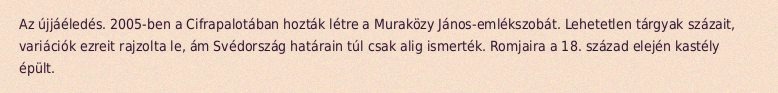
Az újjáéledés. 2005-ben a Cifrapalotában hozták létre a Muraközy János-emlékszobát. Lehetetlen tárgyak százait, variációk ezreit rajzolta le, ám Svédország határain túl csak alig ismerték. Romjaira a 18. század elején kastély épült.